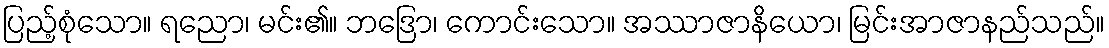
ပြည့်စုံသော။ ရညော၊ မင်း၏။ ဘဒြော၊ ကောင်းသော။ အဿာဇာနိယော၊ မြင်းအာဇာနည်သည်။